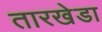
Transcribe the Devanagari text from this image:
तारखेडा